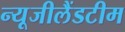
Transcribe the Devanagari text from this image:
न्यूजीलैंडटीम